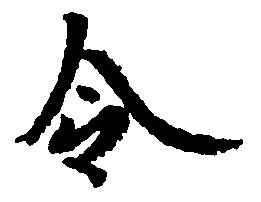
令